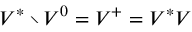
V ^ { * } \setminus V ^ { 0 } = V ^ { + } = V ^ { * } V